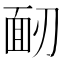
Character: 𩈄